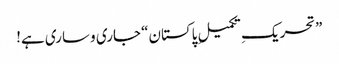
”تحریکِ تکمیلِ پاکستان“ جاری و ساری ہے!